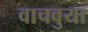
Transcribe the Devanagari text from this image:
वाचवुया